Annual report of the Punjab Veterinary College and of the Civil Veterinary Department, Punjab - 1909-1919
Year: 1909
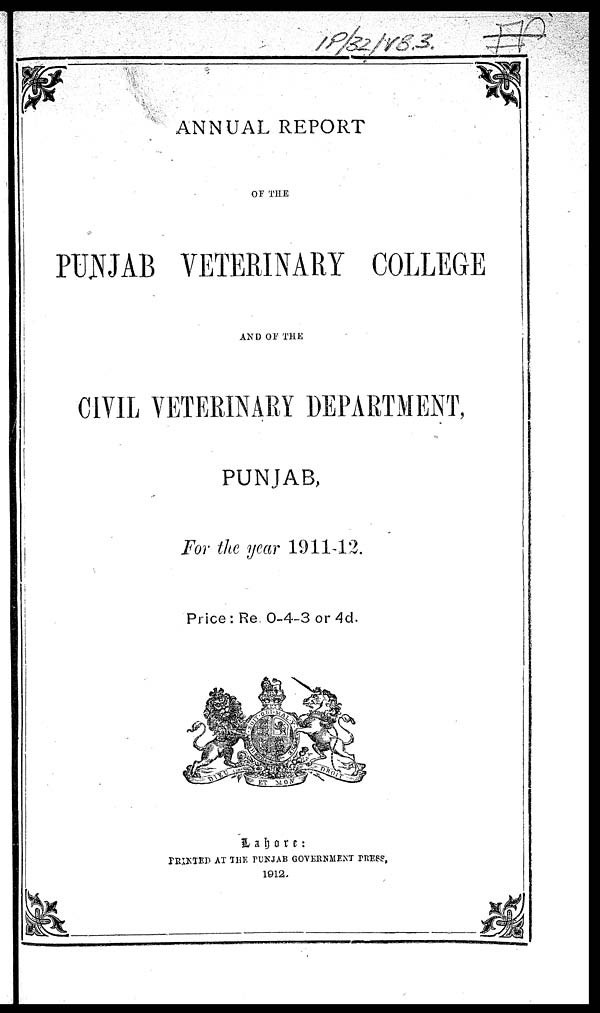
ANNUAL REPORT
OF THE
PUNJAB VETERINARY COLLEGE
AND OF THE
CIVIL VETERINARY DEPARTMENT,
PUNJAB,
For the year 1911-12.
Price: Re. 0-4-3 or 4d.
Lahore:
PRINTED AT THE PUNJAB GOVERNMENT PRESS,
1912.